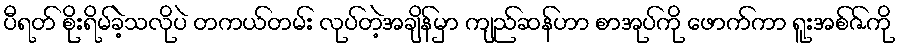
ပီရတ် စိုးရိမ်ခဲ့သလိုပဲ တကယ်တမ်း လုပ်တဲ့အချိန်မှာ ကျည်ဆန်ဟာ စာအုပ်ကို ဖောက်ကာ ရူးအစ်ဇ်ကို